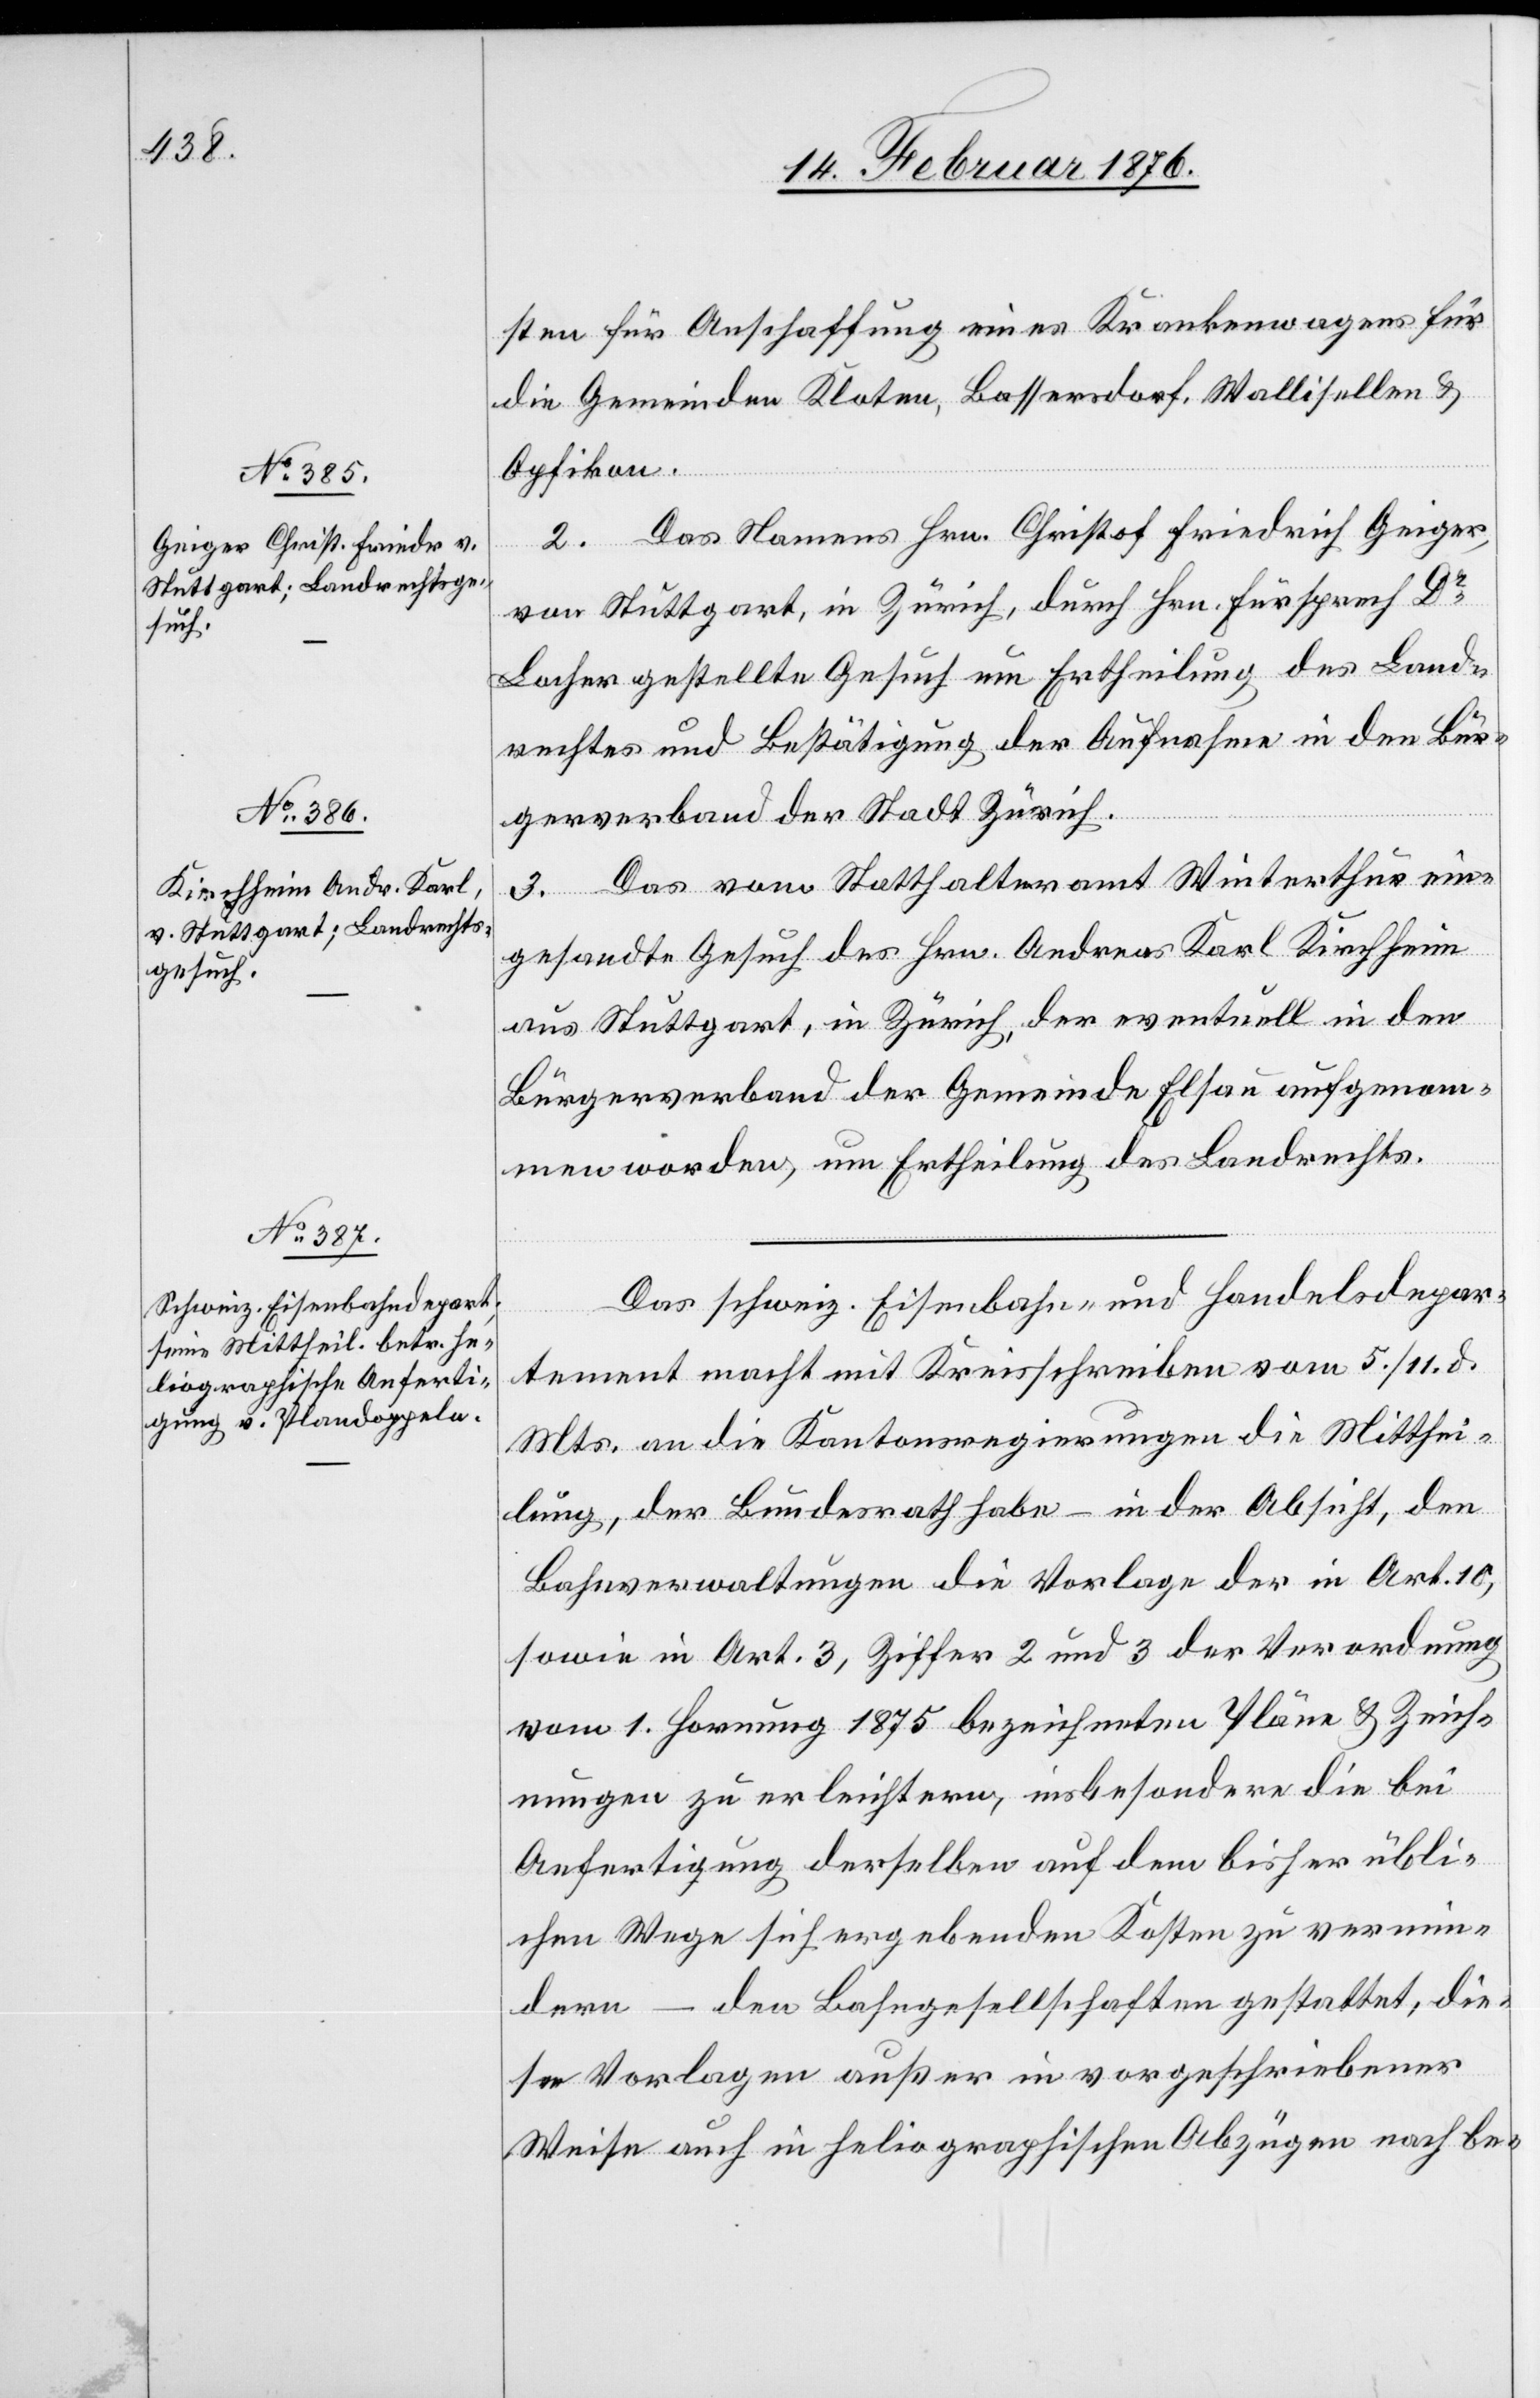
14. Februar 1876.]
sten für Anschaffung eines Krankenwagens für
die Gemeinden Kloten, Bassersdorf, Wallisellen &
Opfikon.
das Namens Hrn. Christoph Friedrich Geiger,
2.
von Stuttgart, in Zürich, durch Hrn. Fürsprech Dr
Locher gestellte Gesuch um Ertheilung des Land¬
rechtes und Bestätigung der Aufnahme in den Bür¬
gerverband der Stadt Zürich.
3. Das vom Statthalteramt Winterthur ein¬
gesandte Gesuch des Hrn. Andreas Karl Kirchheim
aus Stuttgart, in Zürich, der eventuell in den
Bürgerverband der Gemeinde Elsau aufgenom¬
men worden, um Ertheilung des Landrechts.
Das schweiz. Eisenbahn- und Handelsdepar¬
tement macht mit Kreisschreiben vom 5. / 11. d.
Mts. an die Kantonsregierungen die Mitthei¬
lung, der Bundesrath habe – in der Absicht, den
Bahnverwaltungen die Vorlage der in Art. 10,
sowie in Art. 3, Ziffer 2 und 3 der Verordnung
vom 1. Hornung 1875 bezeichneten Pläne & Zeich¬
nungen zu erleichtern, insbesondere die bei
Anfertigung derselben auf dem bisher übli¬
chen Wege sich ergebenden Kosten zu vermin¬
dern – den Bahnangestellten gestattet, die¬
se Vorlagen außer in vorgeschriebener
Weise auch die heliographischen Abzüge nach be-